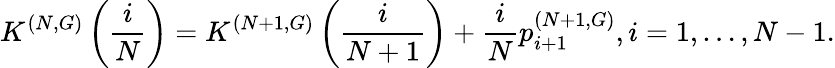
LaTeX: K^{(N,G)}\left(\frac{i}{N}\right)=K^{(N+1,G)}\left(\frac{i}{N+1}\right)+\frac{i}{N}p_{i+1}^{(N+1,G)},i=1,\dots,N-1.